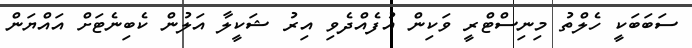
ސަބަބަކީ ހެލްތު މިނިސްޓްރީ ވަކިން އުފެއްދެވި އިރު ޝަކީލާ އަލުން ކެބިނެޓަށް އައްޔަން